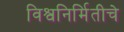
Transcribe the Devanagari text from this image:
विश्वनिर्मितीचे